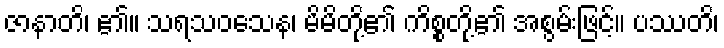
ဇာနာတိ၊ ၏။ သရသဝသေန၊ မိမိတို့၏ ကိစ္စတို့၏ အစွမ်းဖြင့်။ ပဿတိ၊